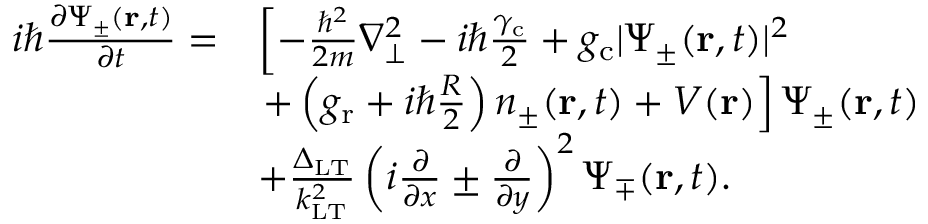
\begin{array} { r l } { i \hbar \frac { \partial \Psi _ { \pm } ( \mathbf { r } , t ) } { \partial t } = } & { \left[ - \frac { \hbar ^ { 2 } } { 2 m } \nabla _ { \bot } ^ { 2 } - i \hbar \frac { \gamma _ { \mathrm { c } } } { 2 } + g _ { \mathrm { c } } | \Psi _ { \pm } ( \mathbf { r } , t ) | ^ { 2 } \right. } \\ & { \left. + \left( g _ { \mathrm { r } } + i \hbar \frac { R } { 2 } \right) n _ { \pm } ( \mathbf { r } , t ) + V ( \mathbf { r } ) \right] \Psi _ { \pm } ( \mathbf { r } , t ) } \\ & { + \frac { \Delta _ { \mathrm { L T } } } { k _ { \mathrm { L T } } ^ { 2 } } \left( i \frac { \partial } { \partial x } \pm \frac { \partial } { \partial y } \right) ^ { 2 } \Psi _ { \mp } ( \mathbf { r } , t ) . } \end{array}